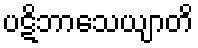
ပဋိဘာသေယျာတိ